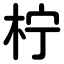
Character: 柠